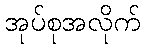
အုပ်စုအလိုက်